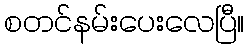
စတင်နမ်းပေးလေပြီ။